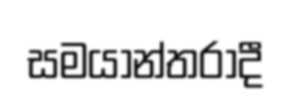
සමයාන්තරාදී